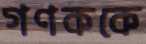
গণককে